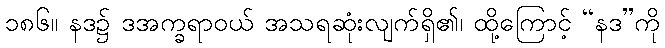
၁၈၆။ နဒ၌ ဒအက္ခရာဝယ် အသရဆုံးလျက်ရှိ၏၊ ထို့ကြောင့် “နဒ”ကို